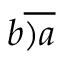
b { \overline { { ) a } } }